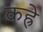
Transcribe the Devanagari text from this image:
कह्रे